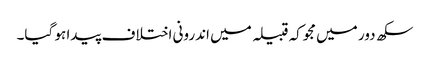
سکھ دور میں مجوکہ قبیلہ میں اندرونی اختلاف پیدا ہو گیا۔